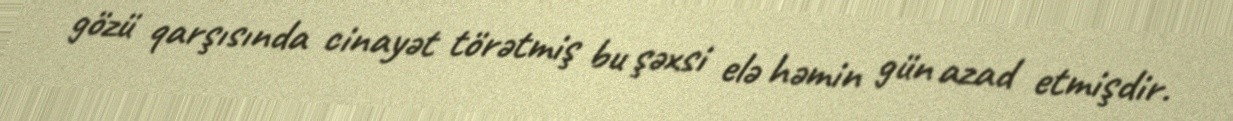
gözü qarşısında cinayət törətmiş bu şəxsi elə həmin gün azad etmişdir.